Indian journal of veterinary science and animal husbandry - Volume 7,
Year: 1937
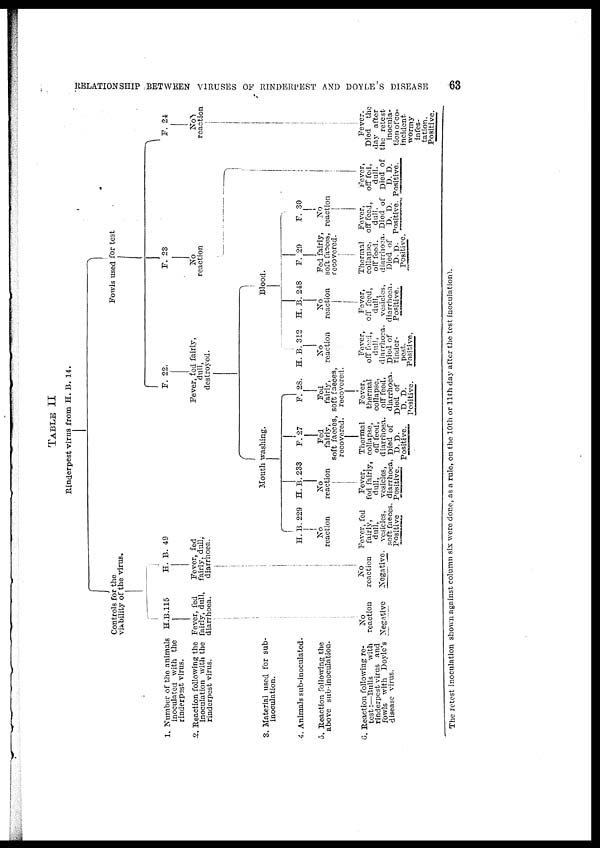
RELATIONSHIP BETWEEN VIRUSES OF RINDERPEST AND DOYLE'S DISEASE
63
TABLE II
The retest inoculation shown against column six were done, as a rule, on the 10th or 11th day after the test inoculation).